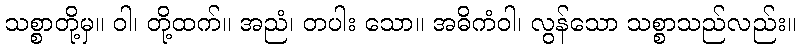
သစ္စာတို့မှ။ ဝါ၊ တို့ထက်။ အညံ၊ တပါး သော။ အဓိကံဝါ၊ လွန်သော သစ္စာသည်လည်း။